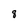
Character: 8